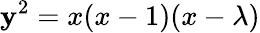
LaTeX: \mathbf{y}^{2}=x(x-1)(x-\lambda)